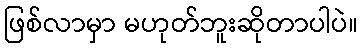
ဖြစ်လာမှာ မဟုတ်ဘူးဆိုတာပါပဲ။